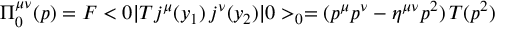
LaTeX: { \Pi } _ { 0 } ^ { \mu \nu } ( p ) = { \cal F } < 0 | T j ^ { \mu } ( y _ { 1 } ) \, j ^ { \nu } ( y _ { 2 } ) | 0 > _ { 0 } = ( p ^ { \mu } p ^ { \nu } - \eta ^ { \mu \nu } p ^ { 2 } ) \, T ( p ^ { 2 } )